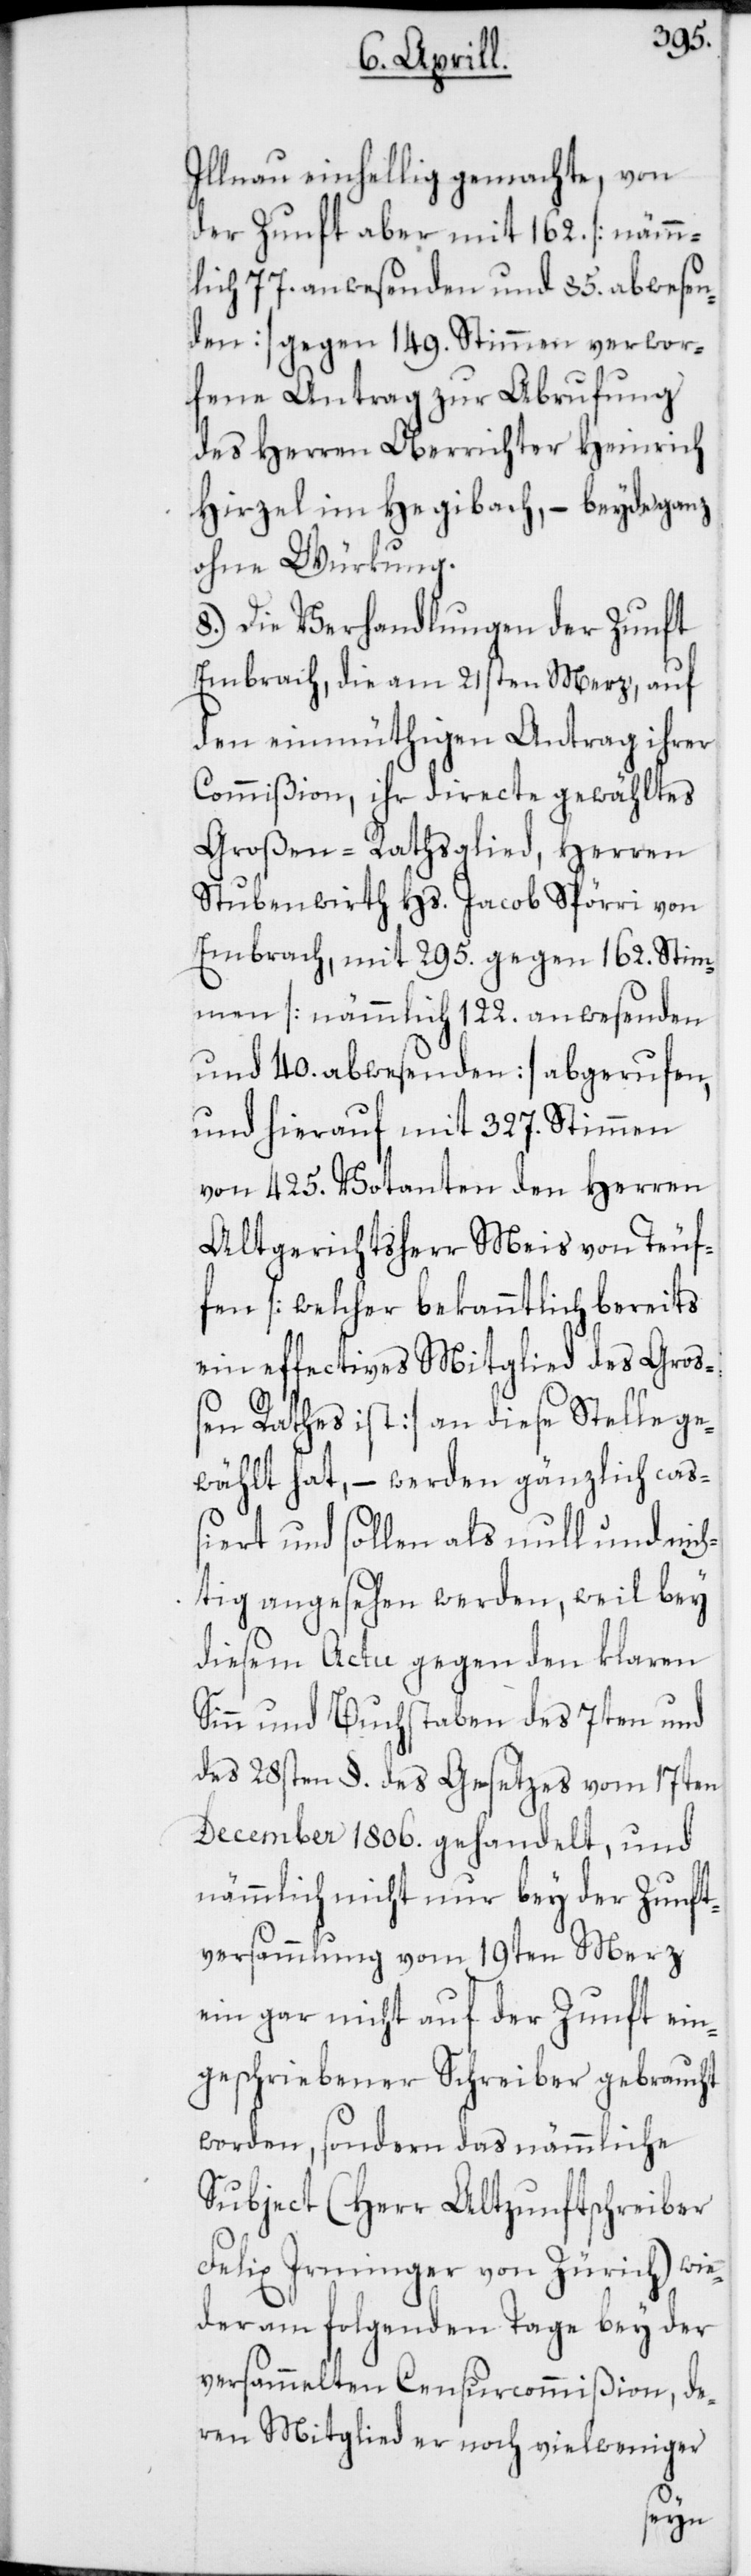
Illnau einhellig gemachte, von
der Zunft aber mit 162. [nämm¬
lich 77. anwesenden und 85. abwesen¬
den] gegen 149. Stimmen verwor¬
fene Antrag zur Abrufung
des Herren Oberrichter Heinrich
Hirzel im Hegibach, – beyde ganz
ohne Würkung.
8.) Die Verhandlungen der Zunft
Embrach, die am 21sten Merz, auf
den einmüthigen Antrag ihrer
Commißion, ihr directe gewähltes
Großen-Rathsglied, Herren
Stubenwirth Hs. Jacob Spörri von
Embrach, mit 295. gegen 162. Stim¬
men [nämmlich 122. anwesenden
und 40. abwesenden] abgerufen,
und hierauf mit 327. Stimmen
von 425. Votanten den Herren
Altgerichtsherr Meis von Teu¬
fen [welcher bekanntlich bereits
ein effectives Mitglied des Groß¬
en Rathes ist] an diese Stelle ge¬
wählt hat, – werden gänzlich caß¬
iert und sollen als null und nic¬
htig angesehen werden, weil bey
diesem Actu gegen den klaren
Sinn und Buchstaben des 7ten und
des 28sten §. des Gesetzes vom 17ten
December 1806. gehandelt, und
nämmlich nicht nur bey der Zunft¬
versammlung vom 19ten Merz
ein gar nicht auf der Zunft ein¬
geschriebener Schreiber gebraucht
worden, sondern das nämmliche
Subject (Herr Altzunftschreiber
Felix Irminger von Zürich) wie¬
der am folgenden Tage bey der
versammelten Censurcommißion, de¬
ren Mitglied er noch vielweniger